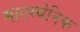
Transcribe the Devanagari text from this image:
माएस्थेनिक